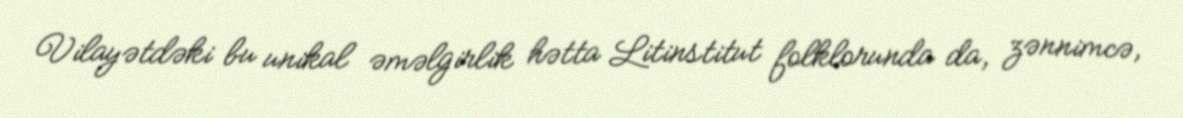
Vilayətdəki bu unikal əməlgirlik hətta Litinstitut folklorunda da, zənnimcə,